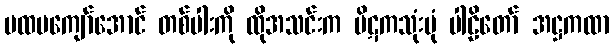
ပထမကျော်အောင် တစ်ပါးကို ထိုအသင်းက ပိဋကသုံးပုံ ပါဠိတော် အဋ္ဌကထာ